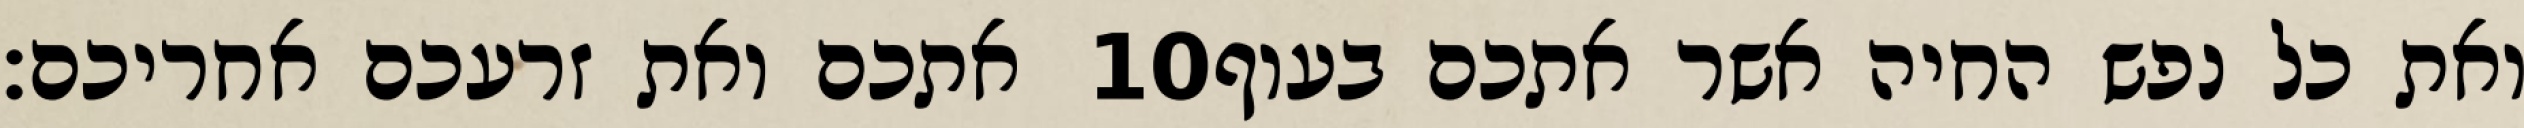
אתכם ואת זרעכם אחריכם׃ ‎10‏ ואת כל נפש החיה אשר אתכם בעוף